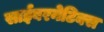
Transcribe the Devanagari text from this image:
साईबरनेटिक्स